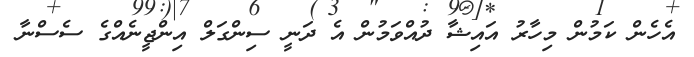
އެހެން ކަމުން މިހާރު އައިޝާ ދުއްވަމުން އެ ދަނީ ސިންގަލް އިންޖީނެއްގެ ސެސްނާ